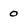
Character: 0